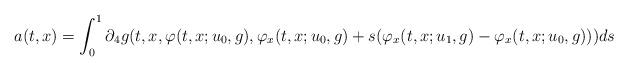
LaTeX: \begin{align*} a(t,x)=\int_0^ 1 \partial_4 g(t,x,\varphi(t,x;u_0,g), \varphi_x(t,x;u_0,g)+s(\varphi_x(t,x;u_1,g)-\varphi_x(t,x;u_0,g)))ds \end{align*}